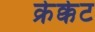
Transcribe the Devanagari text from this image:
क्रेक्केट